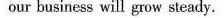
our business will grow steady.